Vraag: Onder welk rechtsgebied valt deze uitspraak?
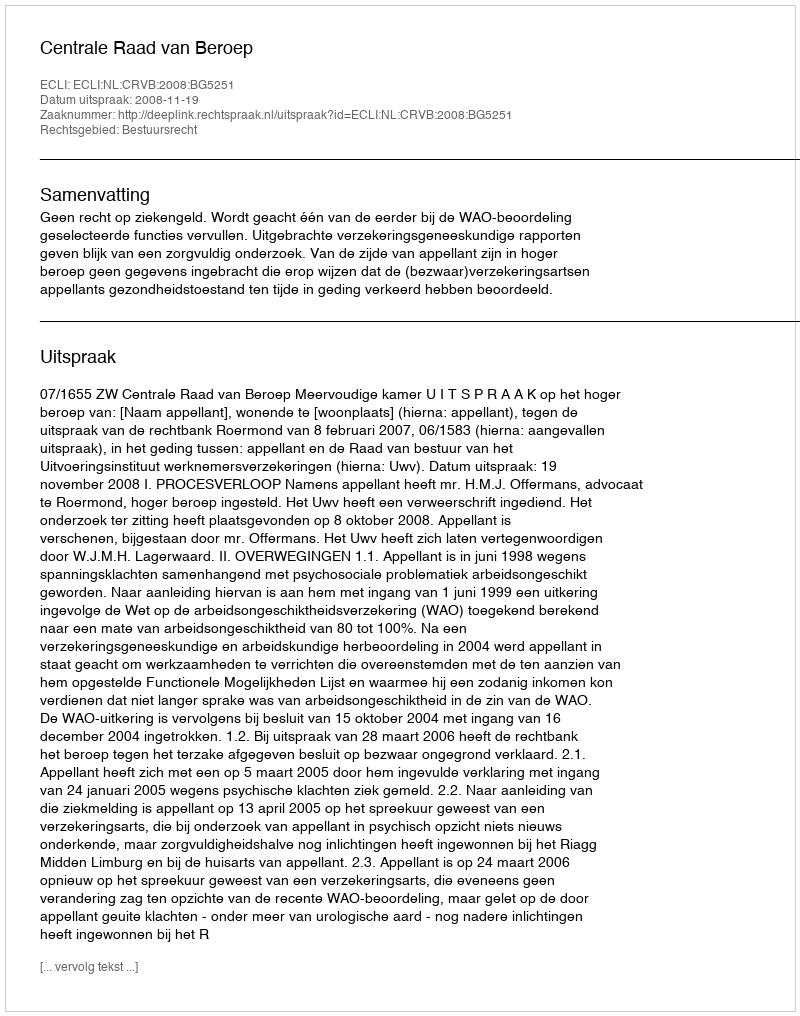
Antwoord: Bestuursrecht